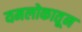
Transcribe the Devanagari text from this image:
यमलोकातून